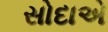
સોદાએ